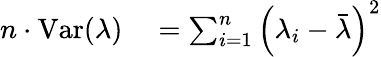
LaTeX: \begin{array}{rl}{n\cdot\mathrm{Var}(\lambda)}&{{}=\sum_{i=1}^{n}\left(\lambda_{i}-\bar{\lambda}\right)^{2}}\end{array}